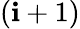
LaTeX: (\mathbf{i}+1)